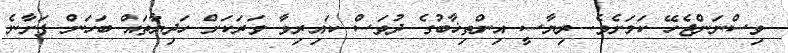
ވިސްނަންޖެހޭ ކަމަށެވެ. ރިޔާސީ އިންތިޚާބުގެ ދުވަސް ކައިރިވާ ވަރަކަށް ހަދިޔާތައް ބަހަން ފަށާނެ